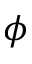
\phi